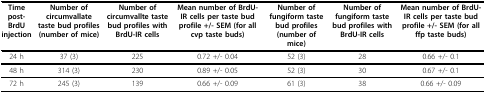
| Time post-BrdU injection | Number of circumvallate taste bud profiles (number of mice) | Number of circumvallte taste bud profiles with BrdU-IR cells | Mean number of BrdU-IR cells per taste bud profile +/- SEM (for all cvp taste buds) | Number of fungiform taste bud profiles (number of mice) | Number of fungiform taste bud profiles with BrdU-IR cells | Mean number of BrdU-IR cells per taste bud profile +/- SEM (for all ffp taste buds) |
 | --- | --- | --- | --- | --- | --- | --- |
 | 24 h | 37(3) | 225 | 0.72 +/- 0.04 | 52 (3) | 28 | 0.66 +/- 0.1 |
 | 48 h | 314(3) | 230 | 0.89 +/- 0.05 | 52 (3) | 30 | 0.67 +/- 0.1 |
 | 72 h | 245 (3) | 139 | 0.66 +/- 0.09 | 61 (3) | 38 | 0.66 +/- 0.09 |